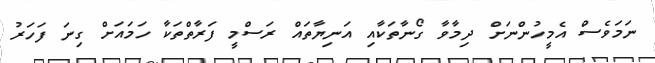
ނަމަވެސް އެމީހުންނަށް ދިމާވާ ގޯނާތަކާއި އަނިޔާތައް ރަސްމީ ފަރާތްތަކާ ހަމައަށް ގިނަ ފަހަރު